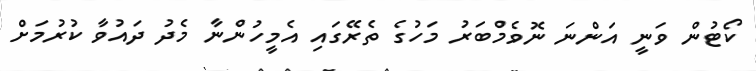
ކޯޓުން ވަނީ އަންނަ ނޮވެމްބަރު މަހުގެ ތެރޭގައި އެމީހުންނާ މެދު ދައުވާ ކުރުމަށް